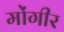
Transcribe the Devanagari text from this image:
मोंगीर